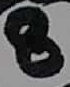
Text: 8